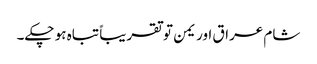
شام عراق اور یمن تو تقریباً تباہ ہو چکے۔